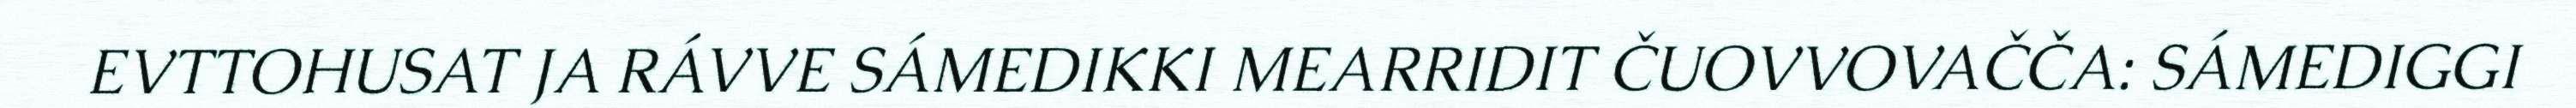
EVTTOHUSAT JA RÁVVE SÁMEDIKKI MEARRIDIT ČUOVVOVAČČA: SÁMEDIGGI